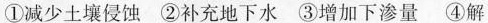
① 减少土壤侵蚀 ②补充地下水 ③增加下渗量 ④解